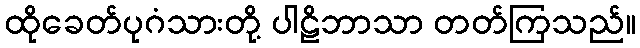
ထိုခေတ်ပုဂံသားတို့ ပါဠိဘာသာ တတ်ကြသည်။